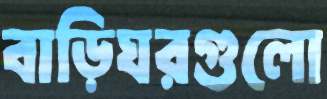
বাড়িঘরগুলো